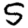
Digit: 5